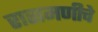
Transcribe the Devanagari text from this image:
रासमणीचे